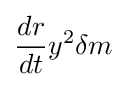
{\frac {dr}{dt}}y^{2}\delta m